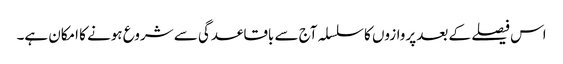
اس فیصلے کے بعد پروازوں کا سلسلہ آج سے باقاعدگی سے شروع ہونے کا امکان ہے۔